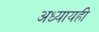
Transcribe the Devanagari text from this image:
अध्यायही